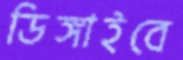
ডিঙ্গাইবে